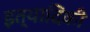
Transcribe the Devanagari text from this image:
इत्‍यादिकी